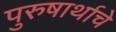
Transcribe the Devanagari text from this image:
पुरुषार्थाचे